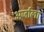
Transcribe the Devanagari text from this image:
अर्जाला